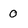
Character: 0